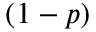
( 1 - p )